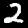
Label: 2